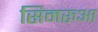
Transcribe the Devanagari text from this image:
सिमरुआ